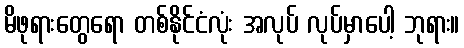
မိဖုရားတွေရော တစ်နိုင်ငံလုံး အလုပ် လုပ်မှာပေါ့ ဘုရား။